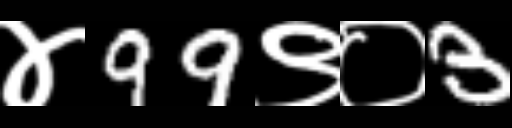
Text: ४99९०3